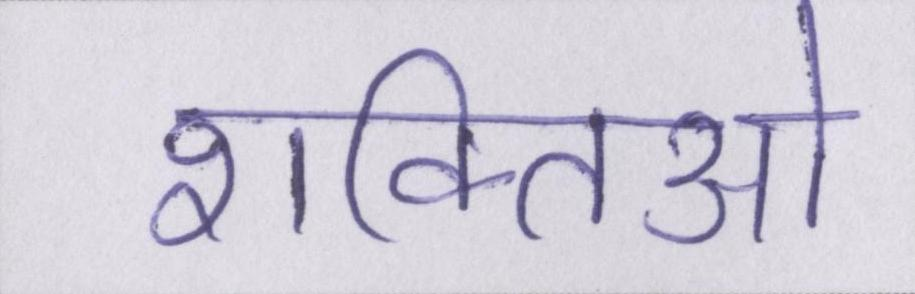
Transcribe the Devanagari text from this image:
शक्तिओ